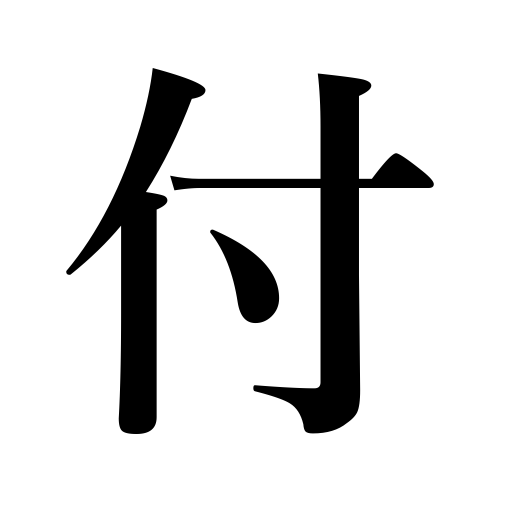
Meanings: stick,be recorded,study with,shadow,place under guard or a doctor,be stained,wear,be connected with,refer to,increase,become allied to,give to,join,follow,fasten,make an entry,submit to,load,apply ointment,sew on,attach,set a price,furnish a house with,appraise,be scarred,keep an eye on,affix,put on,append,give courage to,add,fires start,bring alongside,be attached to,be added to,accompany,be dyed,glue,establish relations or understanding